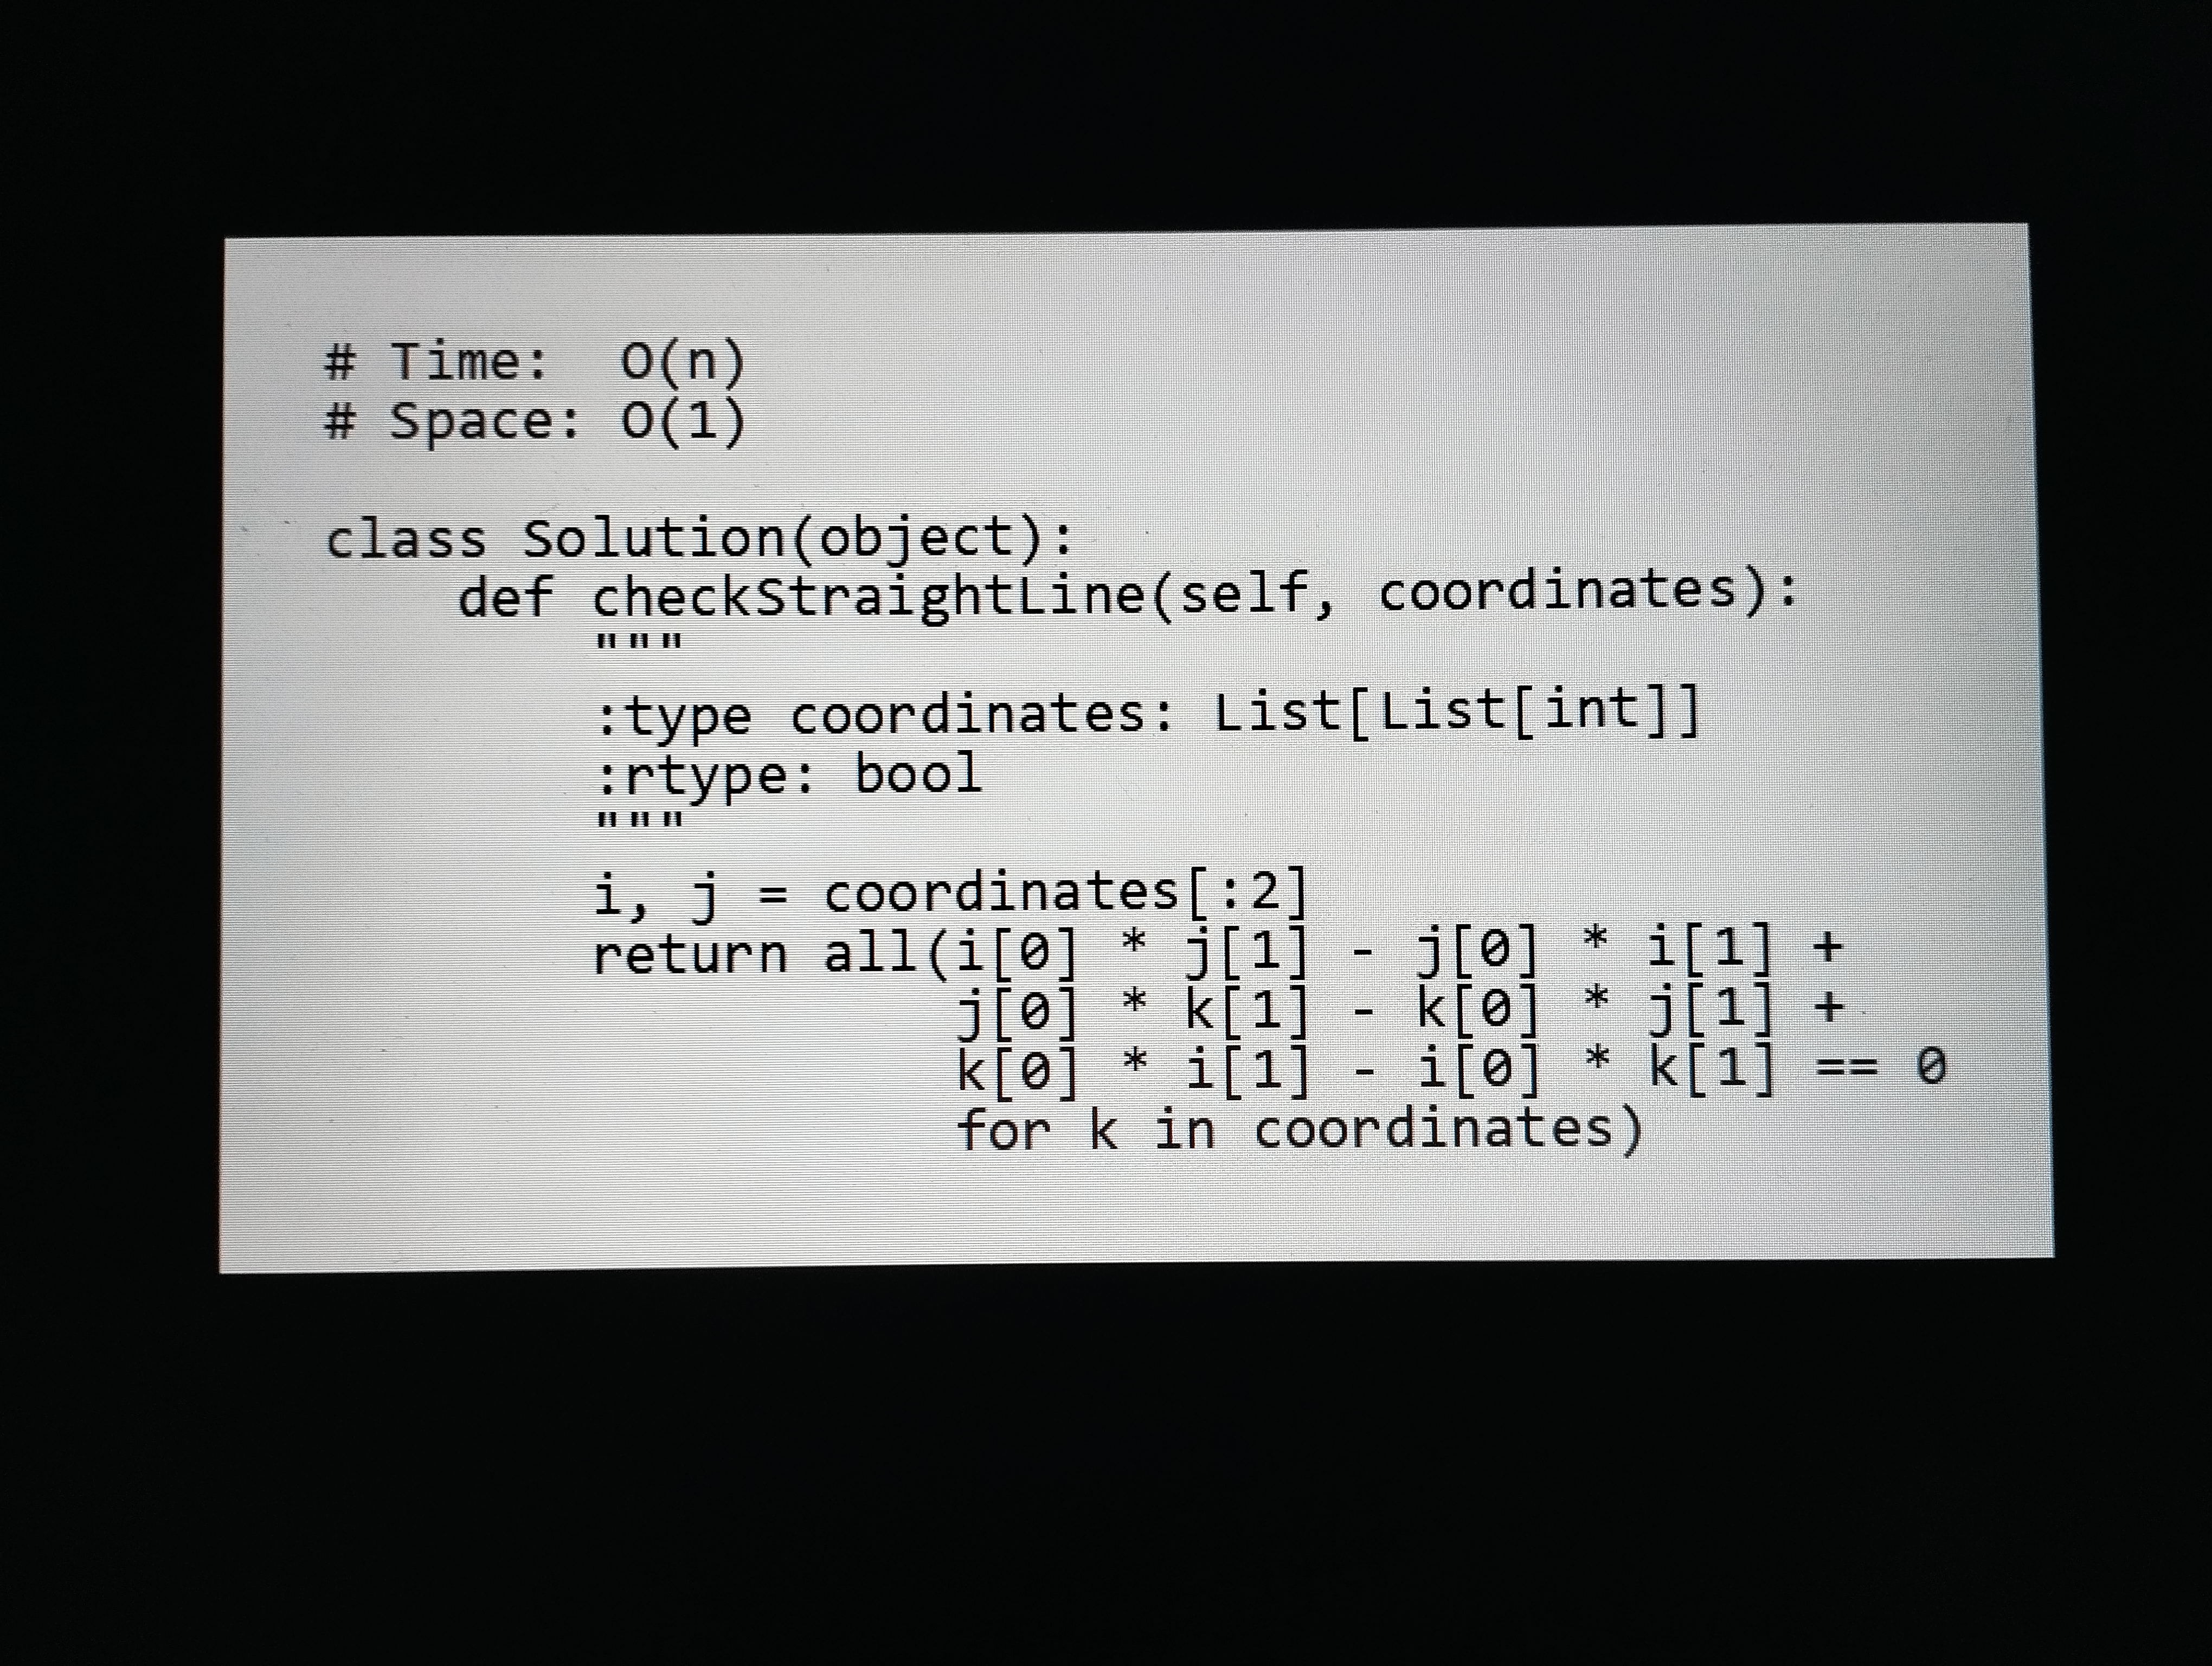
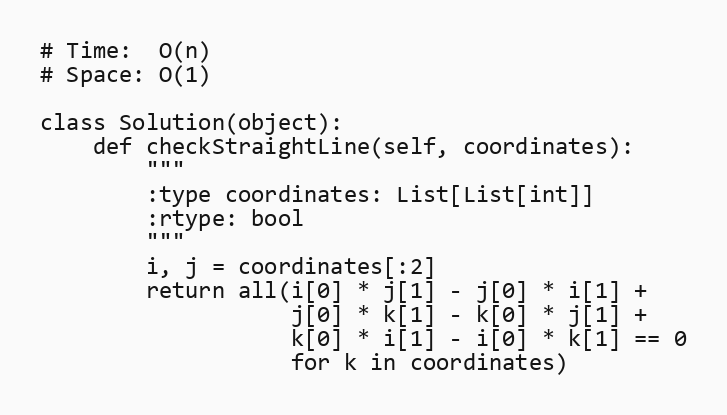
# Time:  O(n)
# Space: O(1)

class Solution(object):
    def checkStraightLine(self, coordinates):
        """
        :type coordinates: List[List[int]]
        :rtype: bool
        """
        i, j = coordinates[:2]
        return all(i[0] * j[1] - j[0] * i[1] +
                   j[0] * k[1] - k[0] * j[1] +
                   k[0] * i[1] - i[0] * k[1] == 0
                   for k in coordinates)